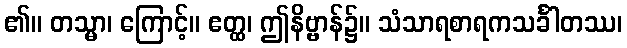
၏။ တသ္မာ၊ ကြောင့်။ ဧတ္ထ၊ ဤနိဗ္ဗာန်၌။ သံသာရစာရကသင်္ခါတဿ၊